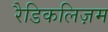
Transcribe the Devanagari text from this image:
रैडिकलिज़म